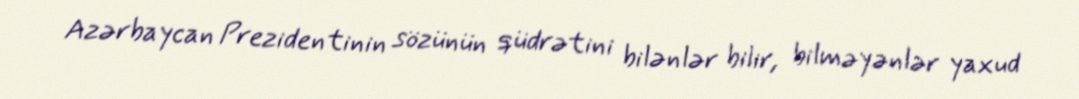
Azərbaycan Prezidentinin sözünün qüdrətini bilənlər bilir, bilməyənlər yaxud